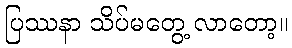
ပြဿနာ သိပ်မတွေ့ လာတော့။